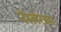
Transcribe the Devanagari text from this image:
नेस्लेरच्या